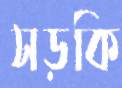
সড়কি